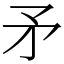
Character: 矛